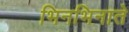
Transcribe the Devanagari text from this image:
भिनभिनाते